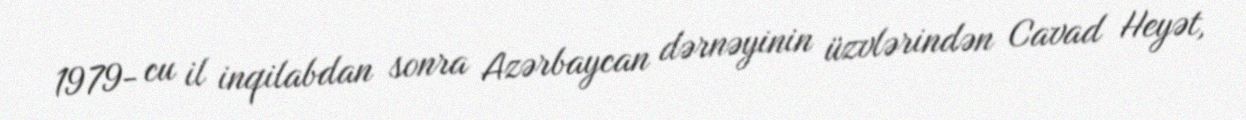
1979- cu il inqilabdan sonra Azərbaycan dərnəyinin üzvlərindən Cavad Heyət,